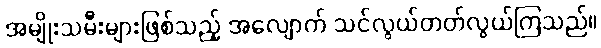
အမျိုးသမီးများဖြစ်သည့် အလျောက် သင်လွယ်တတ်လွယ်ကြသည်။